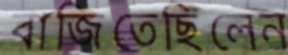
বাজিতেছিলেন